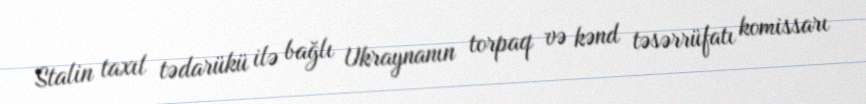
Stalin taxıl tədarükü ilə bağlı Ukraynanın torpaq və kənd təsərrüfatı komissarı